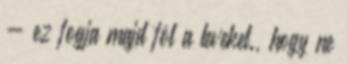
- ez fogja majd föl a leveket., hogy ne